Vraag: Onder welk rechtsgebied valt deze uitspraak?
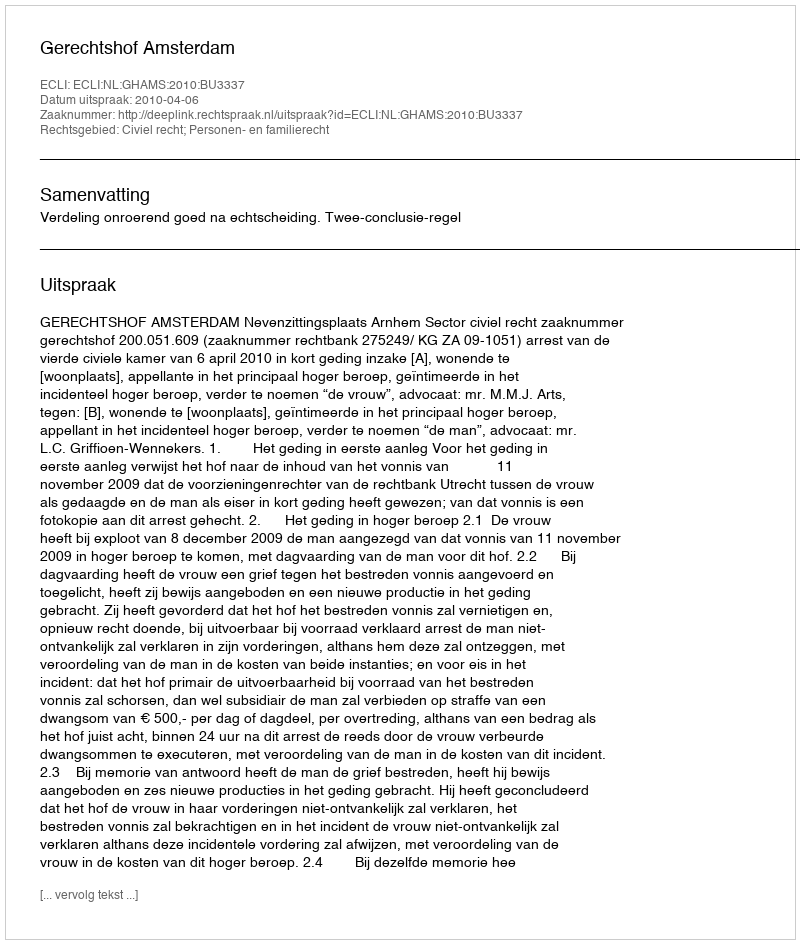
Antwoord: Civiel recht; Personen- en familierecht